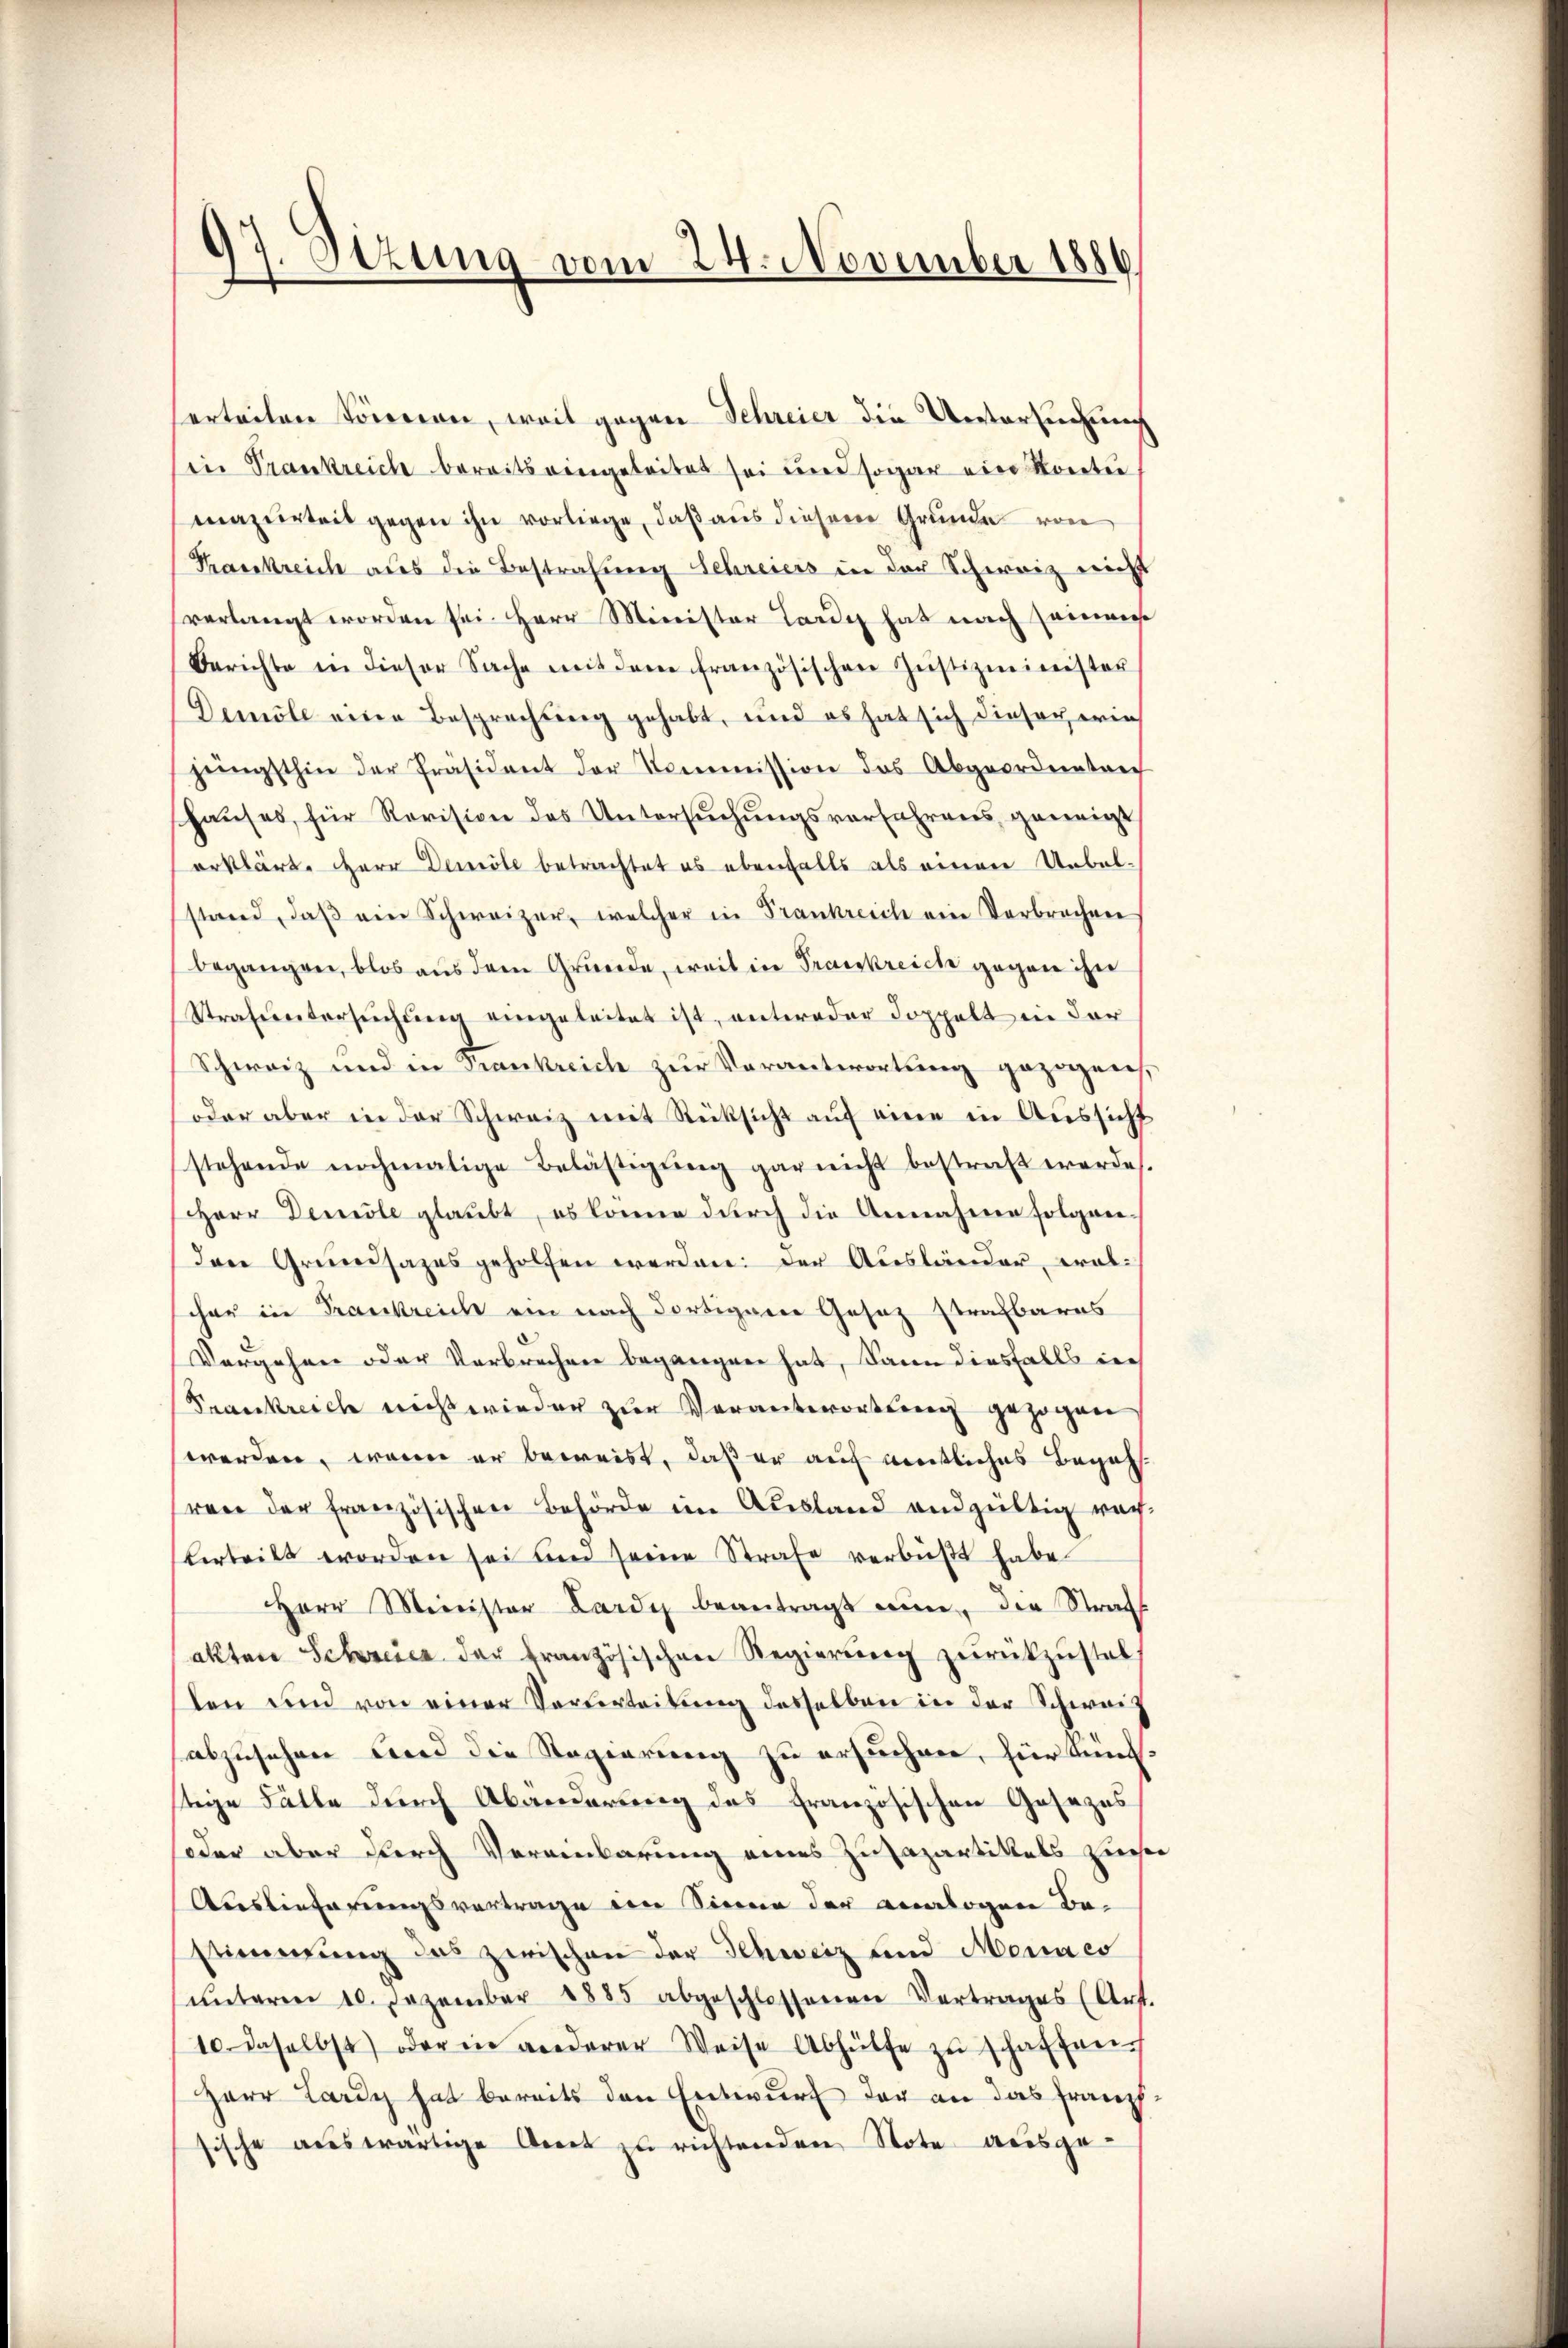
97. Sitzung vom 24. November 1886.

herteilen können, weil gegen Schreier die Untersuchung
in Trankreich bereits eingeleitet sei und sogar ein Kontei
mazeigteit gegen ihn vorliege, daß aus diesem Grunde von
Krankreich aus die Bestrafung Schreiers in der Schweiz nicht
verlangt worden sei. Herr Minister Lardy hat nach seinem
Berichte in dieser Sache mit dem französischen Justizminister
Demöle eine Besprechung gehabt, und es hat sich dieser erin
jüngsthin der Präsident der Kommission des Abgeordneten
shaŭses, für Revision des Untersŭchŭngsverfahrens geneigt
erklärt. Herr Demote betrachtet es ebenfalls als einen Uebel
stand, daß ein Schweizer, welcher in Frankreich eine Verbrechen
begangen, blos aus dem Grunde, weil in Preiskreich gegen ihn
Strafuntersŭchŭng eingeleitet ist, unteroder doppelt in der
Schweiz und in Frankreich zur Verantwortung gezogen,
oder aber in der Schweiz mit Rücksicht auf eine in Aussicht
stehende nochmalige Belästigŭng gar nicht bestraft werde.
Herr Demole glaubt, es könne durch die Annahme folgenden Grundsazes geholfen werden: der Ausländer, walcher in Frankreich ein nach dortigem Gesetz strafbares
Vorgehren oder Verbrechen begangen hat, kann diesfalls der
Frankreich nicht wieder zur Verantwortung gezogenen
werden, wenn er beweist, daß er auf weitliches Begehren der französischen Behörde im Ausland endgültig nach-
terteilt worden sei und seine Strafe verbüßt habe.
HHerr Minister Lardy beantragt nun die Strafs
akten Schreien der französischen Regierŭng zŭrückzŭstellen und von einer Verurteilung desselben in der Schweiz
abzusehen und die Regierung zu ersuchen, für künftige Fälle durch Abänderung des französischen Gesezes
oer aber durch Vereinbarung eines Zusapartikels zins
Auslieferungsvertrage im Sinne der analogen Bestimmung das zwischen der Schweiz und Mannes
ŭnterm 10. Dezember 1885 abgeschlossenen Vertrages (Art.
10. daselbst) oder in anderer Weise Abhülfe zŭ schaffen
Herr Lardy hat bereits den Entwurf der an das franzsische aŭswärtige Art zu richtenden Note ausge-

e